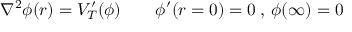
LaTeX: \nabla ^ { 2 } \phi ( r ) = V _ { T } ^ { \prime } ( \phi ) \qquad \phi ^ { \prime } ( r = 0 ) = 0 \: , \: \phi ( \infty ) = 0